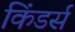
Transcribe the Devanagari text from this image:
किंडर्स